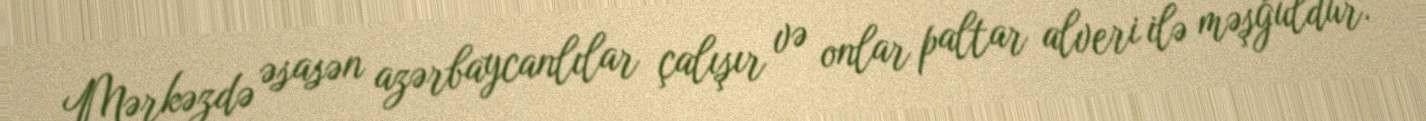
Mərkəzdə əsasən azərbaycanlılar çalışır və onlar paltar alveri ilə məşğuldur.